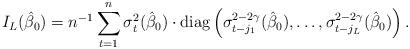
LaTeX: \begin{align*}I_{L}(\hat\beta_0) = n^{-1}\sum_{t=1}^n \sigma_{t}^2(\hat\beta_0)\cdot \textrm{diag}\left( \sigma_{t-j_1}^{2-2\gamma}(\hat\beta_0), \ldots, \sigma_{t-j_L}^{2-2\gamma}(\hat\beta_0) \right).\end{align*}